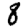
Digit: 8